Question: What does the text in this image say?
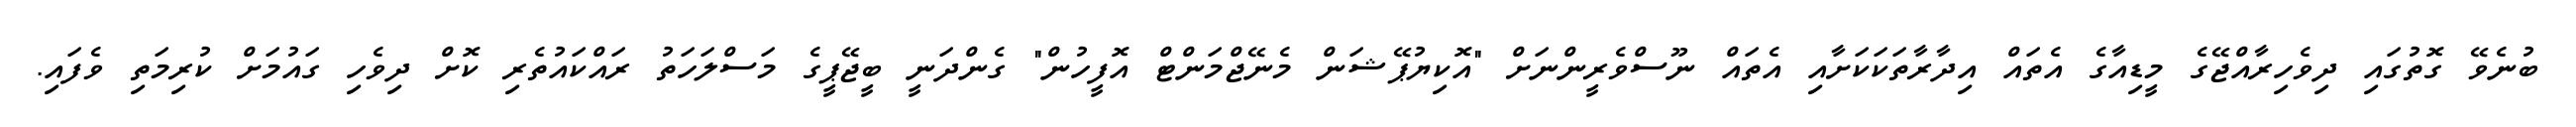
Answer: ބުނެވޭ ގޮތުގައި ދިވެހިރާއްޖޭގެ މީޑިއާގެ އެތައް އިދާރާތަކަކަށާއި އެތައް ނޫސްވެރީންނަށް "އޮކިޔުޕޭޝަން މެނޭޖްމަންޓް އޮފީހުން" ގެންދަނީ ބީޖޭޕީގެ މަސްލަހަތު ރައްކައުތެރި ކޮށް ދިވެހި ގައުމަށް ކުރިމަތި ވެފައި.